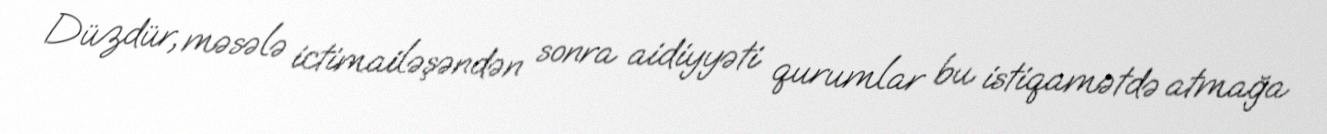
Düzdür, məsələ ictimailəşəndən sonra aidiyyəti qurumlar bu istiqamətdə atmağa